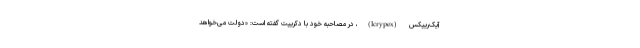
آیک‌ریپکس (Icrypex)، در مصاحبه خود با دکریپت گفته است: «دولت می‌خواهد